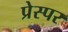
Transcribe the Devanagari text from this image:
प्रेस्पर